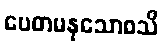
ပေတမနုသောစသိ